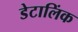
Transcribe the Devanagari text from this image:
डेटालिंक